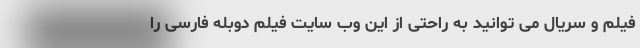
فیلم و سریال می توانید به راحتی از این وب سایت فیلم دوبله فارسی را